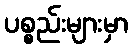
ပစ္စည်းများမှာ